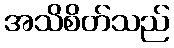
အသိစိတ်သည်